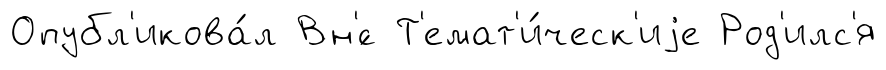
Опубл'икова́л Вн'́с Т'емат'и́ческ'иjе Род'илс'я